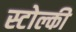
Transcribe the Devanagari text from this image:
स्टोल्की